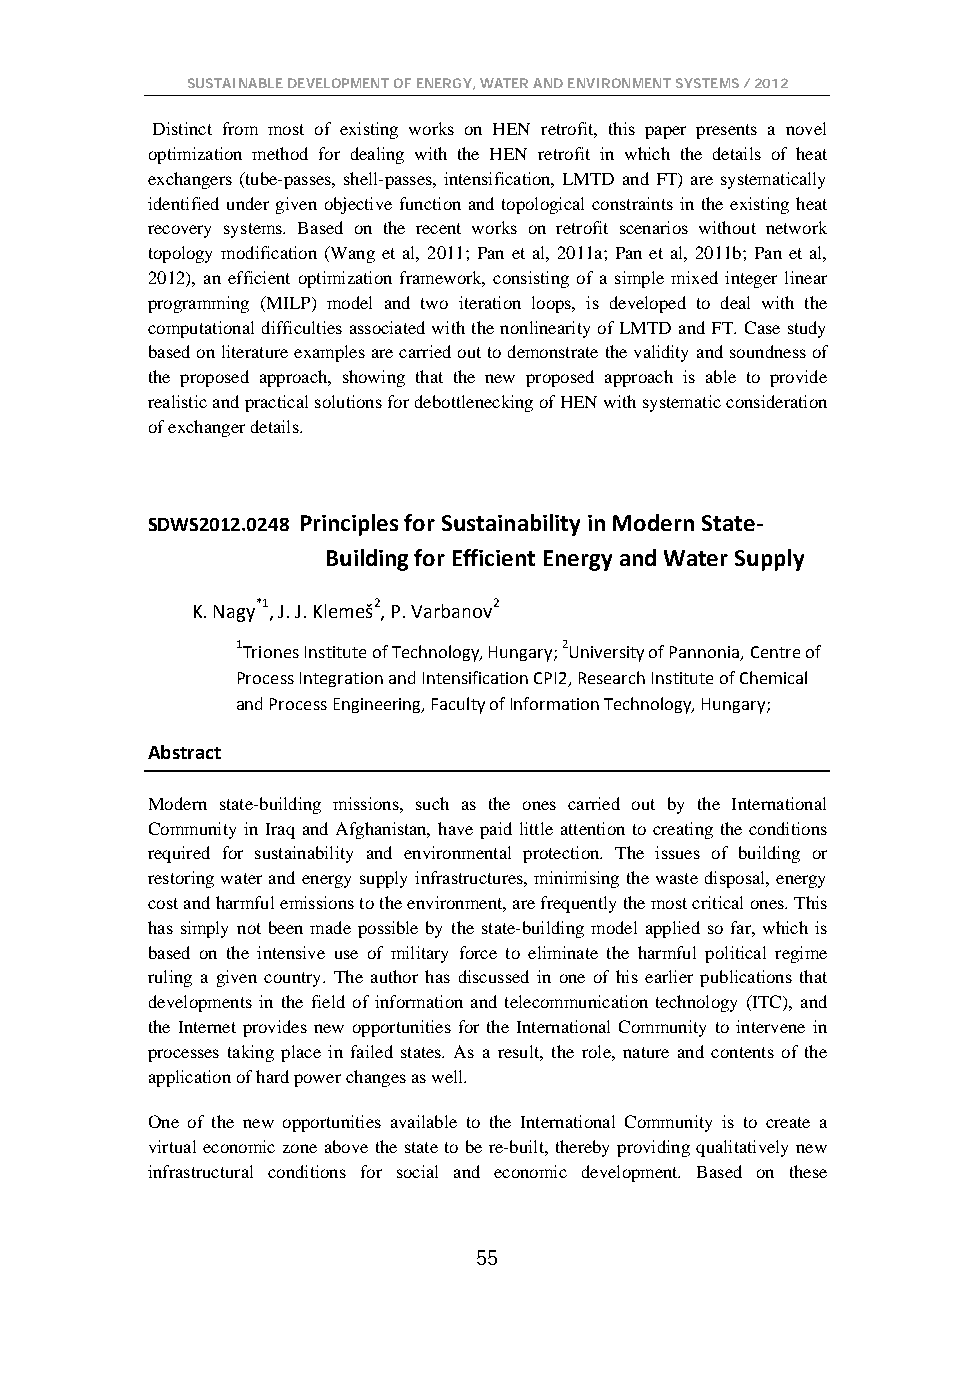
SUSTAINABLE DEVELOPMENT OF ENERGY, WATER AND ENVIRONMENT SYSTEMS / 2012
 Distinct from most of existing works on HEN retrofit, this paper presents a novel
 optimization method for dealing with the HEN retrofit in which the details of heat
 exchangers (tube-passes, shell-passes, intensification, LMTD and FT) are systematically
 identified under given objective function and topological constraints in the existing heat
 recovery systems. Based on the recent works on retrofit scenarios without network
 topology modification (Wang et al, 2011; Pan et al, 2011a; Pan et al, 2011b; Pan et al,
 2012), an efficient optimization framework, consisting of a simple mixed integer linear
 programming (MILP) model and two iteration loops, is developed to deal with the
 computational difficulties associated with the nonlinearity of LMTD and FT. Case study
 based on literature examples are carried out to demonstrate the validity and soundness of
 the proposed approach, showing that the new proposed approach is able to provide
 realistic and practical solutions for debottlenecking of HEN with systematic consideration
 of exchanger details.
 SDWS2012.0248 Principles for Sustainability in Modern State-
 Building for Efficient Energy and Water Supply
 K. Nagy*1, J. J. Klemeš2, P. Varbanov2
 1Triones Institute of Technology, Hungary; 2University of Pannonia, Centre of
 Process Integration and Intensification CPI2, Research Institute of Chemical
 and Process Engineering, Faculty of Information Technology, Hungary;
 Abstract
 Modern state-building missions, such as the ones carried out by the International
 Community in Iraq and Afghanistan, have paid little attention to creating the conditions
 required for sustainability and environmental protection. The issues of building or
 restoring water and energy supply infrastructures, minimising the waste disposal, energy
 cost and harmful emissions to the environment, are frequently the most critical ones. This
 has simply not been made possible by the state-building model applied so far, which is
 based on the intensive use of military force to eliminate the harmful political regime
 ruling a given country. The author has discussed in one of his earlier publications that
 developments in the field of information and telecommunication technology (ITC), and
 the Internet provides new opportunities for the International Community to intervene in
 processes taking place in failed states. As a result, the role, nature and contents of the
 application of hard power changes as well.
 One of the new opportunities available to the International Community is to create a
 virtual economic zone above the state to be re-built, thereby providing qualitatively new
 infrastructural conditions for social and economic development. Based on these
 55